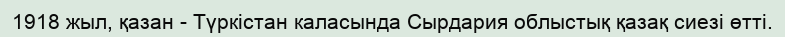
1918 жыл, қазан - Түркістан каласында Сырдария облыстық қазақ сиезі өтті.